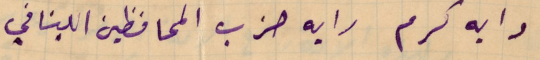
رايه كرم رايه حزب المحافظين اللبناني